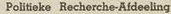
Politieke Recherche-Afdeeling